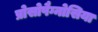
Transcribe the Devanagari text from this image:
प्रोसोपैग्नोसिया